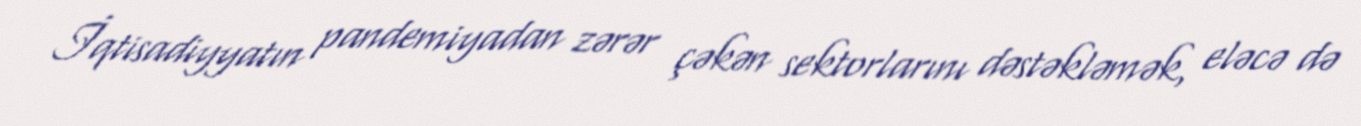
İqtisadiyyatın pandemiyadan zərər çəkən sektorlarını dəstəkləmək, eləcə də